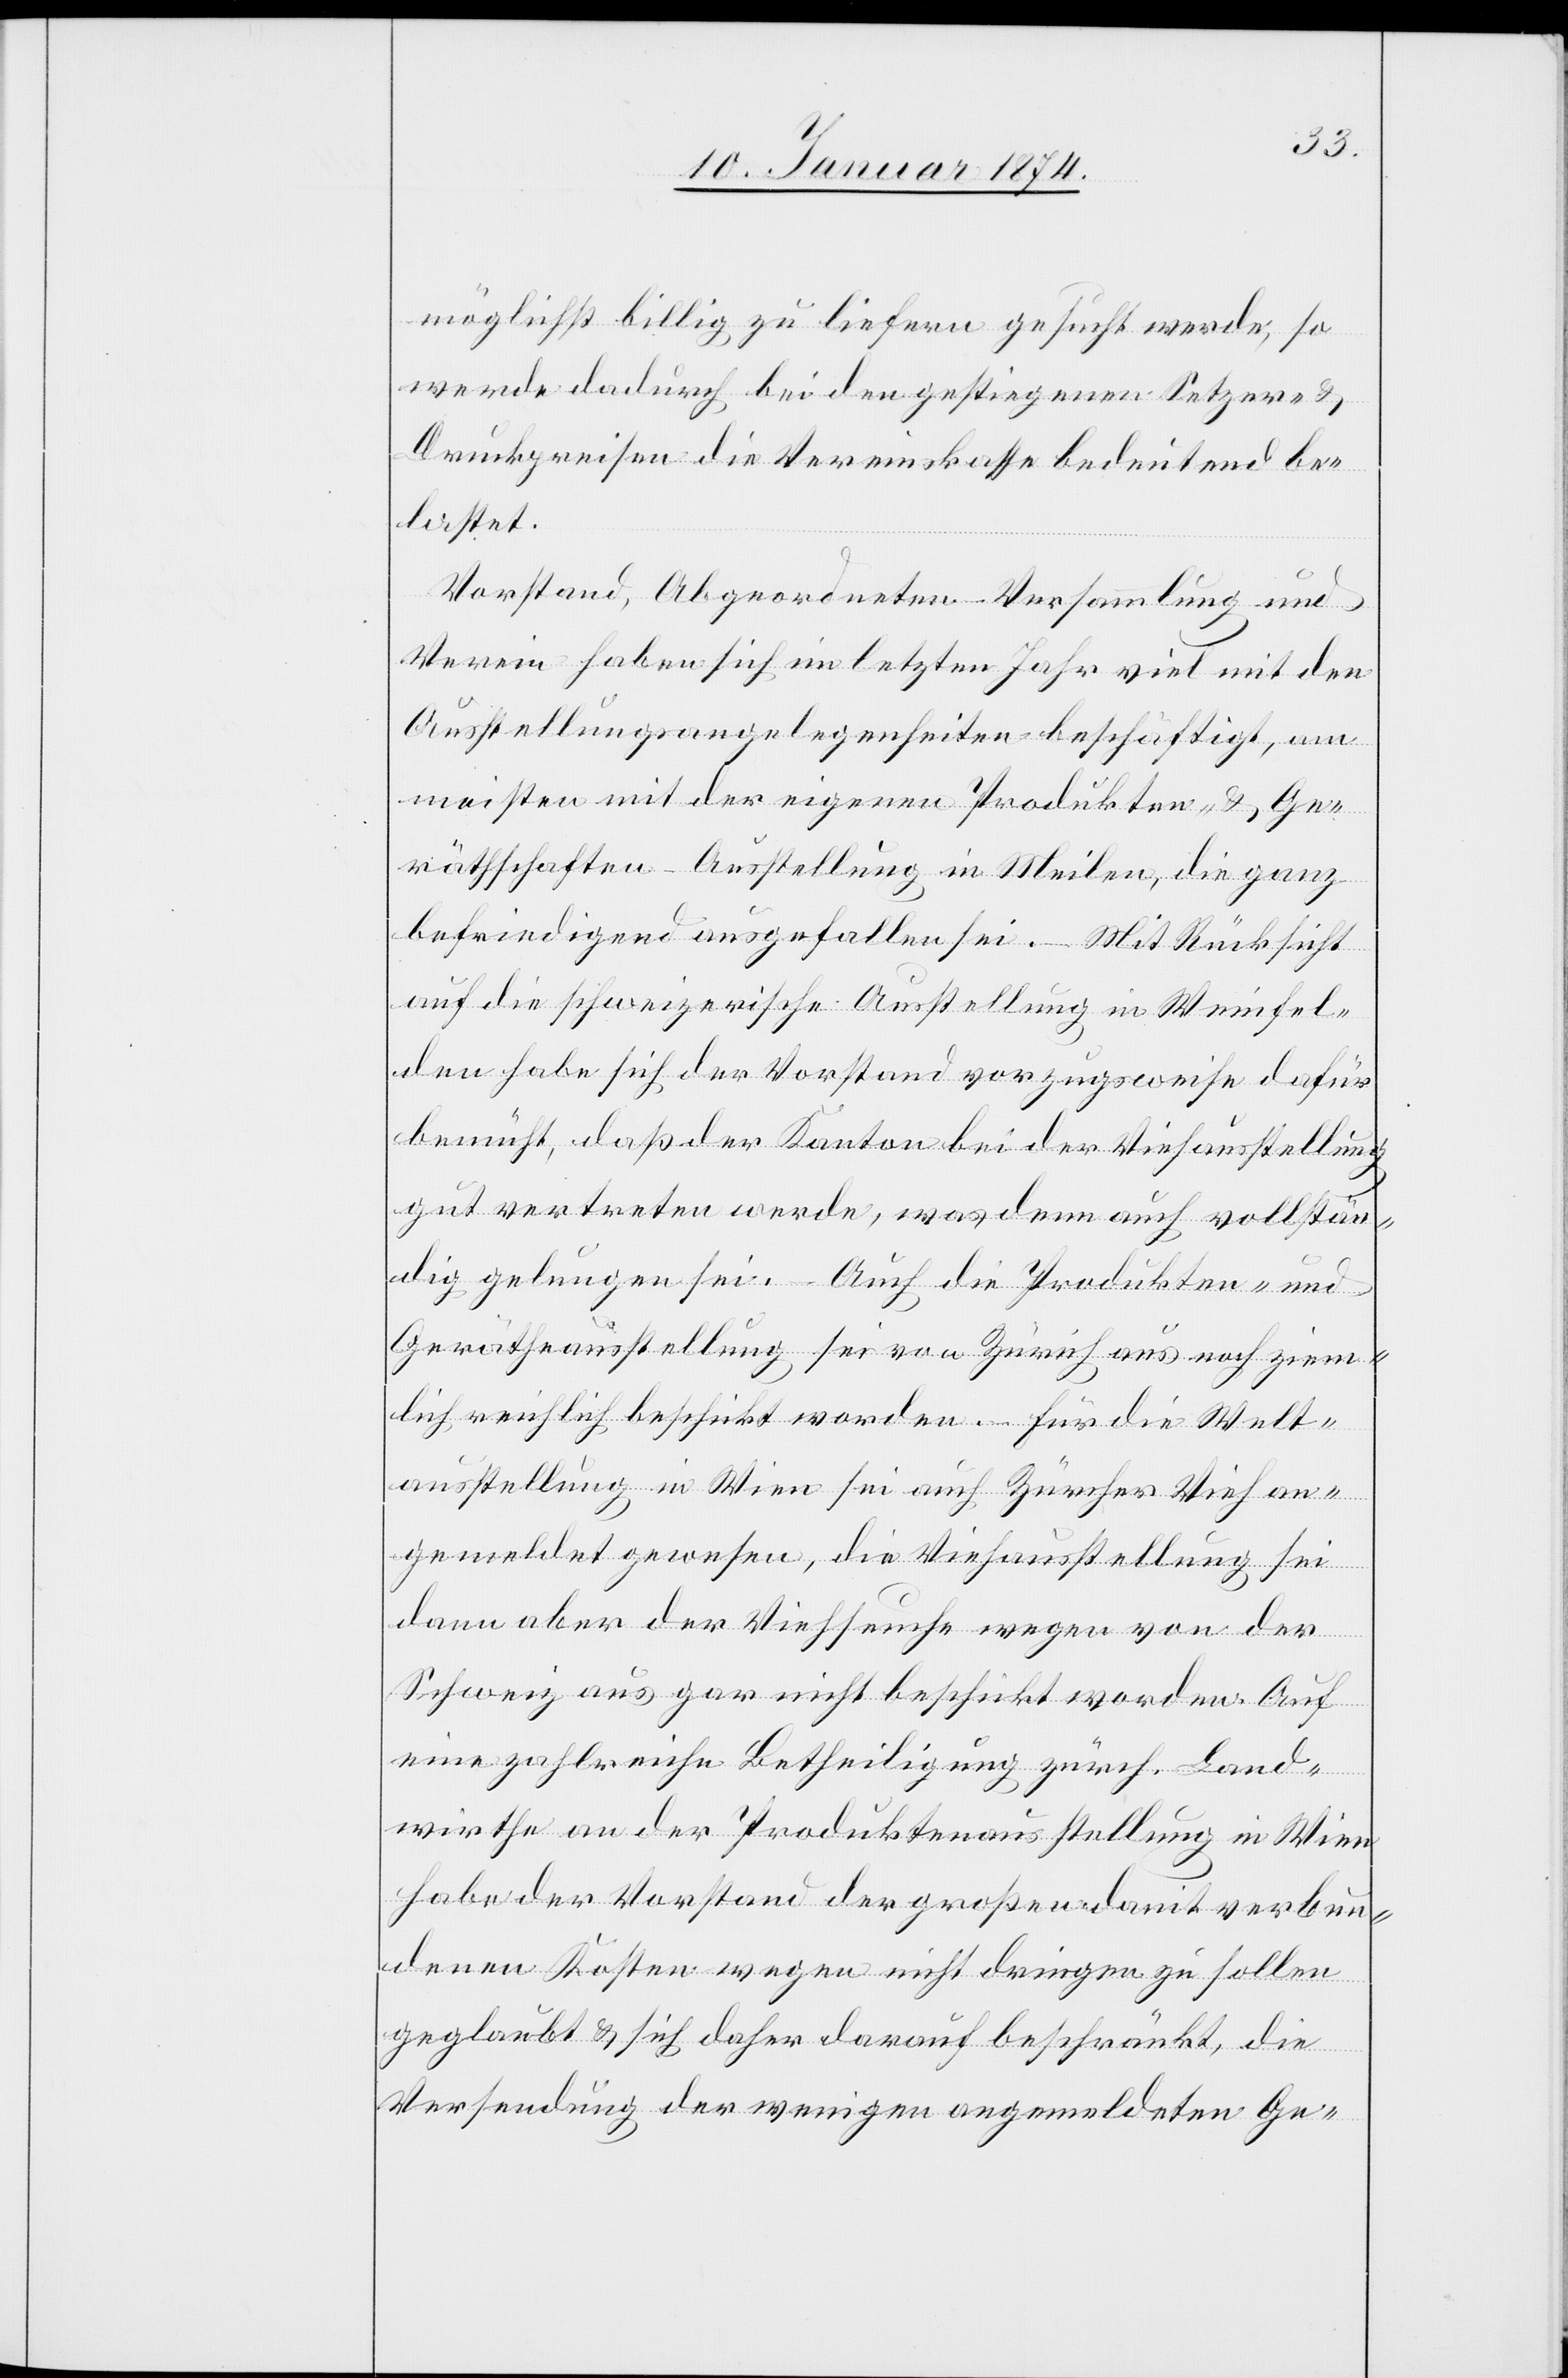
möglichst billig zu liefern gesucht werde, so
werde dadurch bei den gestiegenen Setzer- &
Druckpreisen die Vereinskasse bedeutend be¬
lastet.
Vorstand, Abgeordneten-Versammlung und
Verein haben sich im letzten Jahr viel mit den
Ausstellungsangelegenheiten beschäftigt, am
meisten mit der eigenen Produkten- & Ge¬
räthschaften-Ausstellung in Meilen, die ganz
befriedigend ausgefallen sei. Mit Rücksicht
auf die schweizerische Ausstellung in Weinfel¬
den habe sich der Vorstand vorzugsweise dafür
bemüht, daß der Kanton bei der Viehausstellung
gut vertreten werde, was denn auch vollstän¬
dig gelungen sei. Auf die Produkten- und
Gerätheausstellung sei von Zürich aus noch ziem¬
lich reichlich beschickt worden. Für die Welt¬
ausstellung in Wien sei auch Zürcher Vieh an¬
gemeldet gewesen, die Viehausstellung sei
dann aber der Viehseuche wegen von der
Schweiz aus gar nicht beschickt worden. Auf
eine zahlreiche Betheiligung zürch. Land¬
wirthe an der Produktenausstellung in Wien
habe der Vorstand der großen damit verbun¬
denen Kösten wegen nicht dringen zu sollen
geglaubt & sich daher darauf beschränkt, die
Versendung der wenigen angemeldeten Ge-